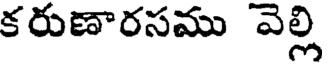
కరుణారసము వెల్లి